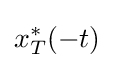
x_{T}^{*}(-t)